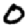
Digit: 0